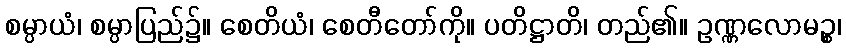
စမ္ပာယံ၊ စမ္ပာပြည်၌။ စေတိယံ၊ စေတီတော်ကို။ ပတိဋ္ဌာတိ၊ တည်၏။ ဥဏ္ဏလောမဉ္စ၊